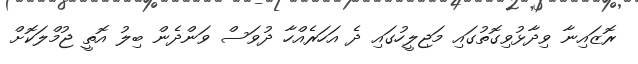
ރޮޒައިނާ ވިދާޅުވިގޮތުގައި މަޖިލީހުގައި ދެ އަހަރެއްހާ ދުވަސް ވަންދެން ބިލު އޮތީ ޖުމްލަކޮށް